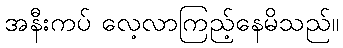
အနီးကပ် လေ့လာကြည့်နေမိသည်။